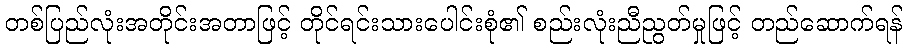
တစ်ပြည်လုံးအတိုင်းအတာဖြင့် တိုင်ရင်းသားပေါင်းစုံ၏ စည်းလုံးညီညွတ်မှုဖြင့် တည်ဆောက်ရန်